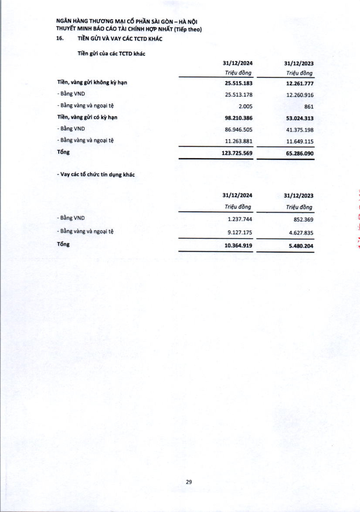
||31/12/2024 Triệu đồng|31/12/2023 Triệu đồng| |---|---|---| |Tiền, vàng gửi không kỳ hạn|25.515.183|12.261.777| |- Bằng VND|25.513.178|12.260.916| |- Bằng vàng và ngoại tệ|2.005|861| |Tiền, vàng gửi có kỳ hạn|98.210.386|53.024.313| |- Bằng VND|86.946.505|41.375.198| |- Bằng vàng và ngoại tệ|11.263.881|11.649.115| |Tổng|123.725.569|65.286.090| ||31/12/2024|31/12/2023| |---|---|---| ||Triệu đồng|Triệu đồng| |- Bằng VND|1.237.744|852.369| |- Bằng vàng và ngoại tệ|9.127.175|4.627.835| |Tổng|10.364.919|5.480.204|